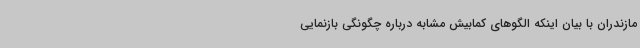
مازندران با بیان اینکه الگوهای کمابیش مشابه درباره چگونگی بازنمایی